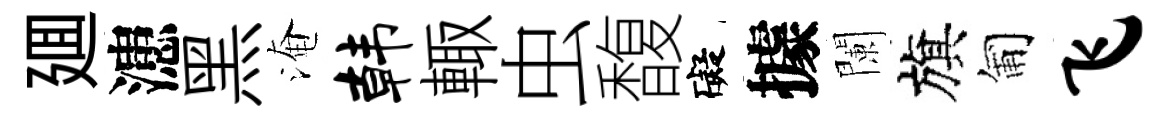
廽漶黑淹韩輙虫馥礙據闌旗匍飞